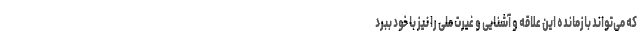
که می‌تواند بازمانده این علاقه و آشنایی و غیرت ملی را نیز با خود ببرد